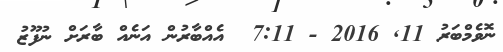
ނޮވެމްބަރު 11